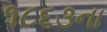
૧૮૬૩ના